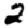
Digit: 2